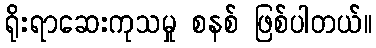
ရိုးရာဆေးကုသမှု စနစ် ဖြစ်ပါတယ်။